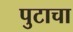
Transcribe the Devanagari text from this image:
पुटाचा